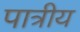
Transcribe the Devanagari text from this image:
पात्रीय